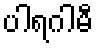
ပါရဂါမီ